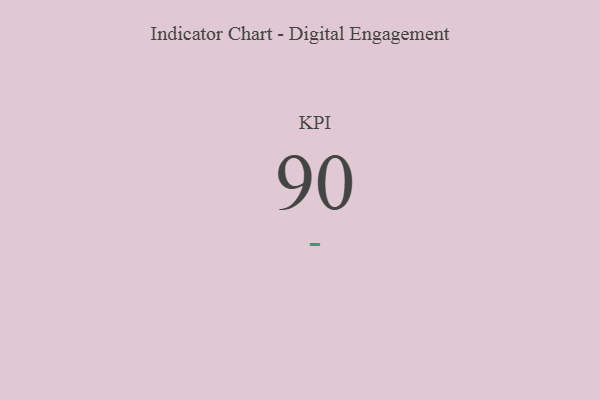
{"axis": {"x": "KPI", "y": "Value"}, "legend": [""], "data": [{"x": "KPI", "y": 90, "type": ""}]}